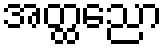
အတ္ထညော